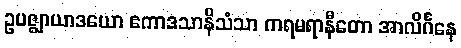
ဥပဇ္ဈာယာဒယော ဧကာဒသာနိသံသာ ကရမရာနီတော အာလိင်္ဂနေ